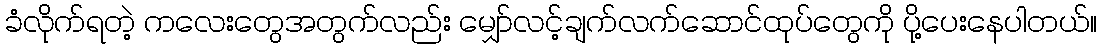
ခံလိုက်ရတဲ့ ကလေးတွေအတွက်လည်း မျှော်လင့်ချက်လက်ဆောင်ထုပ်တွေကို ပို့ပေးနေပါတယ်။